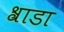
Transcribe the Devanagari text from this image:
श्राडा